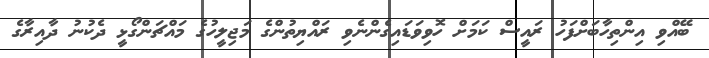
ބޭއްވި އިންތިހާބަށްފަހު ރައީސް ކަމަށް ހޮވިވަޑައިގެންނެވި ރައްޔިތުންގެ މަޖިލީހުގެ މައްޗަންގޯޅީ ދެކުނު ދާއިރާގެ